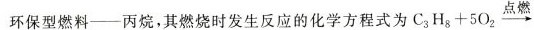
环保型燃料——丙烷，其燃烧时发生反应的化学方$$C _ { 3 } H _ {8 } + 5